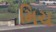
મિચ